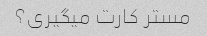
مستر کارت میگیری؟